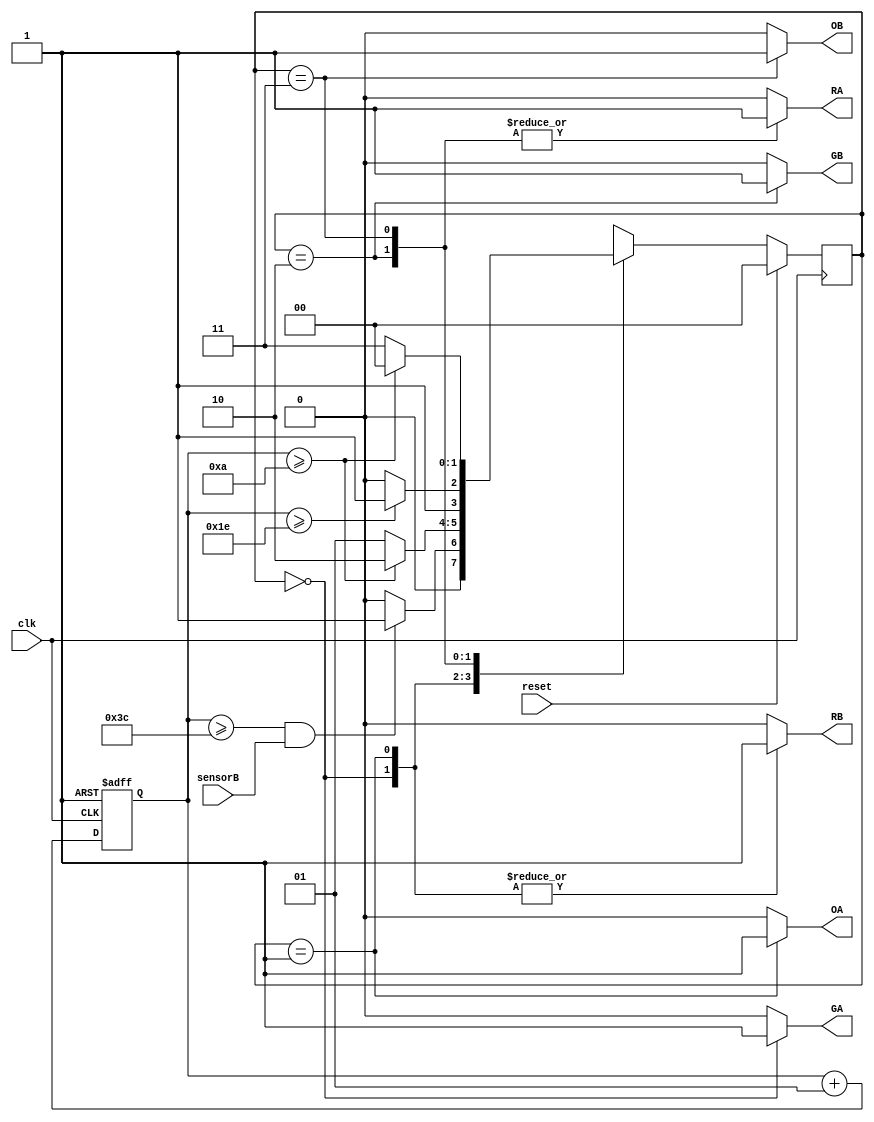
module trafficLight(input clk, reset, sensorB, output reg RA, RB, GA, GB, OA, OB);

parameter S0=2'b00, S1=2'b01, S2=2'b10, S3=2'b11;
reg[1:0] state = 2'b00, next_state;
integer count;
reg timer_rst = 0;

always@(posedge clk)
begin
if(reset)
state <= S0;
else 
state <= next_state;
end

always @(posedge clk, posedge timer_rst)
begin
	if (timer_rst) begin
		count = 0;
		timer_rst = 0;
	end
	else begin
		count = count + 1;
	end
end

always@(clk,reset,sensorB, count)
	begin
case(state)
	S0:
	if(count >= 60 && sensorB == 1) begin
		next_state <= S1;
	end else
		next_state <= S0;
	S1:
	if(count >= 10)
		next_state <= S2;
	else
		next_state <= S1;
	S2:
	if(count >= 30)
		next_state <= S3;
	else
		next_state <= S2;
	S3:
	if(count >= 10)
		next_state <= S0;
	else
		next_state <= S3;
endcase
end
	
always@(state)
begin
timer_rst = 1;
{RA,OA,GA,RB,OB,GB} = 6'b000000;

case(state) 
	S0:
	begin
	GA <= 1;
	RB <= 1;
	end

	S1:
	begin
	OA <= 1;
	RB <= 1;
	end

	S2:
	begin
	GB <= 1;
	RA <= 1;
	end

	S3:
	begin
	OB <= 1;
	RA <= 1;
	end
endcase
end

endmodule